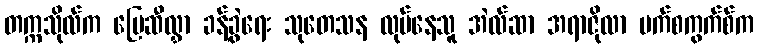
တက္ကသိုလ်က မြေဆီလွှာ ခန့်ခွဲရေး သုတေသန လုပ်နေသူ အဲလ်ဆာ အရာဇိုလာ ဗက်စကွက်စ်က